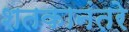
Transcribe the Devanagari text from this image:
शतकानंतरे